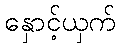
နှောင့်ယှက်